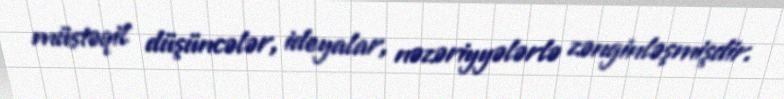
müstəqil düşüncələr, ideyalar, nəzəriyyələrlə zənginləşmişdir.